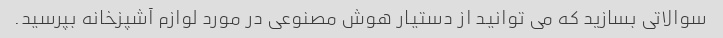
سوالاتی بسازید که می توانید از دستیار هوش مصنوعی در مورد لوازم آشپزخانه بپرسید.